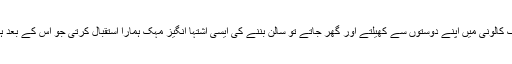
سکول سے واپس آتے تو شام ڈھلنے تک کالونی میں اپنے دوستوں سے کھیلتے اور گھر جاتے تو سالن بننے کی ایسی اشتہا انگیز مہک ہمارا استقبال کرتی جو اس کے بعد ہم نے کبھی اور کہیں محسوس نہیں کی۔